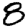
Digit: 8